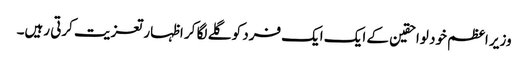
وزیر اعظم خود لواحقین کے ایک ایک فرد کو گلے لگا کر اظہار تعزیت کرتی رہیں۔